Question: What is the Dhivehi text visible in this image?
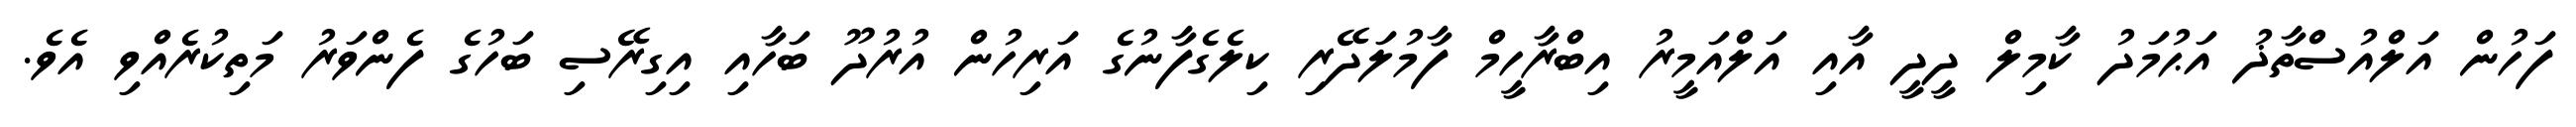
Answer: ފަހުން އަލްއުސްތާޛު އަޙުމަދު ކާމިލް ދީދީ އާއި އަލްއަމީރު އިބްރާހީމް ފާމުލަދޭރި ކިލެގެފާނުގެ އަރިހުން އުރުދޫ ބަހާއި އިގިރޭސި ބަހުގެ ފެންވަރު މަތިކުރެއްވި އެވެ.